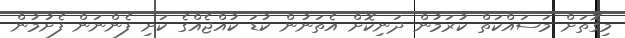
މިގޮތަށް މަސައްކަތް ކުރަމުން ދަނިކޮށް އެތަނުން ކުޑަ ކުއްޖެއްގެ ކަށި ފެންނަން ފެށުމުން